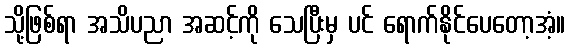
သို့ဖြစ်ရာ အသိပညာ အဆင့်ကို သေပြီးမှ ပင် ရောက်နိုင်ပေတော့အံ့။